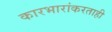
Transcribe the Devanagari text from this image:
कारभारांकरताही